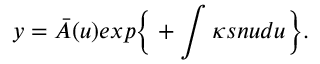
y = { \bar { A } } ( u ) e x p \bigg \{ + \int \kappa s n u d u \bigg \} .